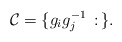
\begin{align*}\mathcal{C} = \{g_ig_j^{-1}\,:\,\}.\end{align*}